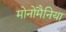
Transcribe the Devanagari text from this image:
मोनोमैनिया